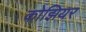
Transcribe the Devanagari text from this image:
कोझियर